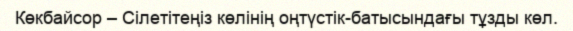
Көкбайсор – Сілетітеңіз көлінің оңтүстік-батысындағы тұзды көл.